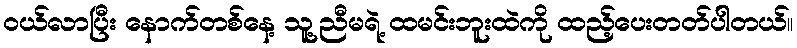
ဝယ်လာပြီး နောက်တစ်နေ့ သူ့ညီမရဲ့ ထမင်းဘူးထဲကို ထည့်ပေးတတ်ပါတယ်။